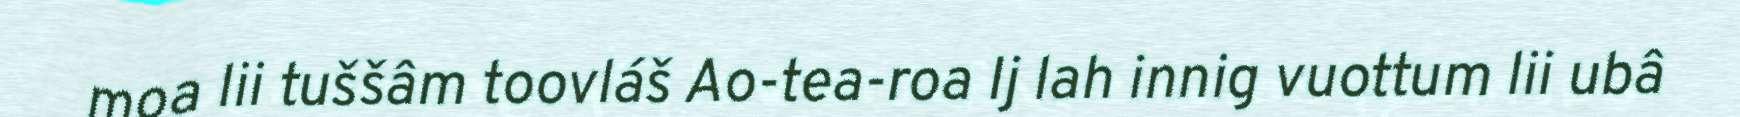
moa lii tuššâm toovláš Ao-tea-roa Ij lah innig vuottum lii ubâ